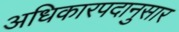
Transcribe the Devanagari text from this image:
अधिकारपदानुसार